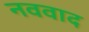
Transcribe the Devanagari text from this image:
नववाद